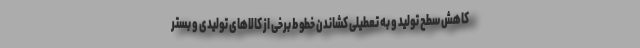
کاهش سطح تولید و به تعطیلی کشاندن خطوط برخی از کالاهای تولیدی و بستر